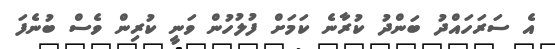
އެ ސަރަހައްދު ބަންދު ކުރާނެ ކަމަށް ފުލުހުން ވަނީ ކުރިން ވެސް ބުނެފަ